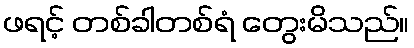
ဖရင့် တစ်ခါတစ်ရံ တွေးမိသည်။